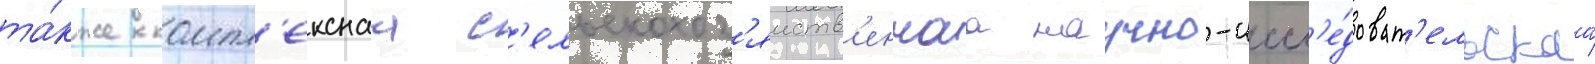
та́кже компл'екснаа с'ельскохоз'яиств'еннаа научно-иссл'е́доват'ельскаа